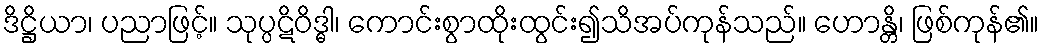
ဒိဋ္ဌိယာ၊ ပညာဖြင့်။ သုပ္ပဋိဝိဒ္ဓါ၊ ကောင်းစွာထိုးထွင်း၍သိအပ်ကုန်သည်။ ဟောန္တိ၊ ဖြစ်ကုန်၏။